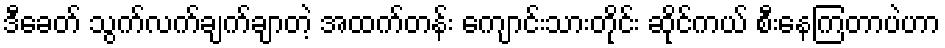
ဒီခေတ် သွက်လက်ချက်ချာတဲ့ အထက်တန်း ကျောင်းသားတိုင်း ဆိုင်ကယ် စီးနေကြတာပဲဟာ